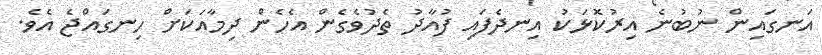
އަނގައިން ނުބުނެ އިރުކޮޅަކު އިނދެފައި ފުއާދު ތެދުވެގެން އެހެން ދިމާއަކަށް ހިނގައްޖެ އެވެ.